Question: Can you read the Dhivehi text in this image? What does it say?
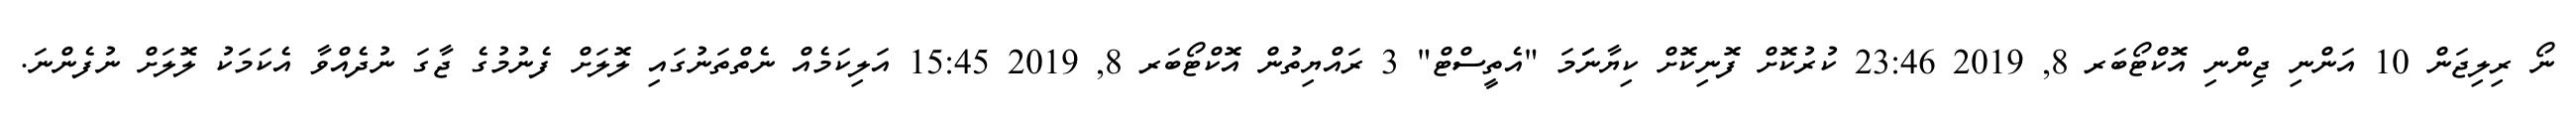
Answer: ނޯ ރިލިޖަން 10 އަންނި ޖިންނި އޮކްޓޯބަރ 8, 2019 23:46 ކުރުކޮށް ފޮނިކޮށް ކިޔާނަަަމަ "އެތީސްޓް" 3 ރައްޔިތުން އޮކްޓޯބަރ 8, 2019 15:45 އަލިކަމެއް ނެތްތަނުގައި ލޮލަށް ފެނުމުގެ ޖާގަ ނުދެއްވާ އެކަމަކު ލޮލަށް ނުފެންނަ.